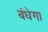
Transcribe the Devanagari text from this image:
बंधेगा